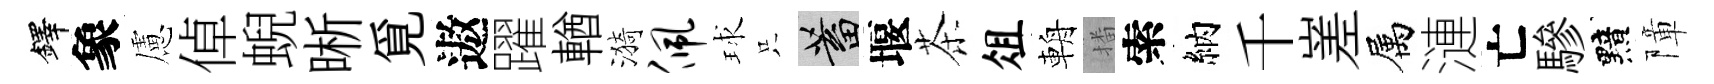
鐸象慮倬蜺晰覓遨躍輶漪佩球只蓄堰茶俎輈播索納千嵳属漣亡驂黯障